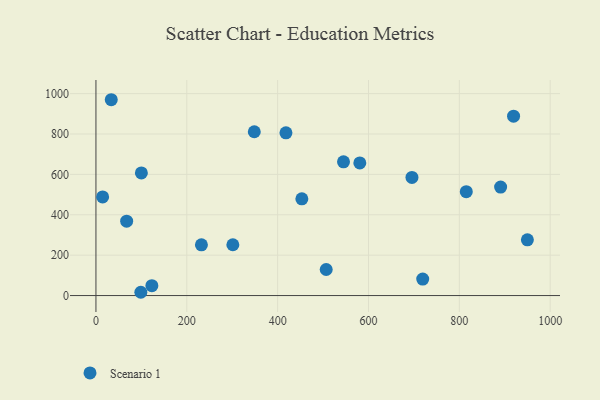
{"axis": {"x": "Speed", "y": "Fuel Efficiency"}, "legend": ["Scenario 1"], "data": [{"x": "418.3", "y": 805.7, "type": "Scenario 1"}, {"x": "67.6", "y": 368.3, "type": "Scenario 1"}, {"x": "545.0", "y": 662.3, "type": "Scenario 1"}, {"x": "815.3", "y": 514.5, "type": "Scenario 1"}, {"x": "14.7", "y": 488.6, "type": "Scenario 1"}, {"x": "123.1", "y": 48.7, "type": "Scenario 1"}, {"x": "98.8", "y": 16.2, "type": "Scenario 1"}, {"x": "719.4", "y": 81.4, "type": "Scenario 1"}, {"x": "580.9", "y": 656.8, "type": "Scenario 1"}, {"x": "301.4", "y": 251.5, "type": "Scenario 1"}, {"x": "100.0", "y": 607.0, "type": "Scenario 1"}, {"x": "453.3", "y": 479.1, "type": "Scenario 1"}, {"x": "506.9", "y": 129.0, "type": "Scenario 1"}, {"x": "348.6", "y": 811.0, "type": "Scenario 1"}, {"x": "33.7", "y": 969.7, "type": "Scenario 1"}, {"x": "949.8", "y": 275.8, "type": "Scenario 1"}, {"x": "695.7", "y": 585.1, "type": "Scenario 1"}, {"x": "919.4", "y": 888.0, "type": "Scenario 1"}, {"x": "232.2", "y": 251.4, "type": "Scenario 1"}, {"x": "890.9", "y": 537.2, "type": "Scenario 1"}]}